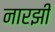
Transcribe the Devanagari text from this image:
नारझी